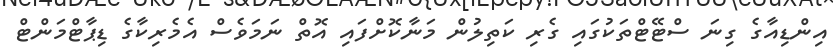
އިންޑިއާގެެ ގިނަ ސްޓޭޓްތަކުގައި ގެރި ކަތިލުން މަނާކޮށްފައި އޮތް ނަަމަވެސް އެމެރިކާގެ ޑިޕާޓްމަންޓް